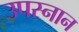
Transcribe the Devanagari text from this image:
उपस्नान